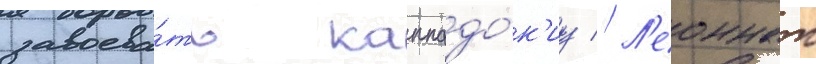
завоева́ть каппадо́к'иу // Л'еоннат